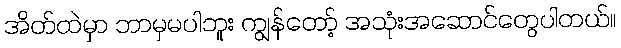
အိတ်ထဲမှာ ဘာမှမပါဘူး ကျွန်တော့် အသုံးအဆောင်တွေပါတယ်။